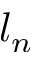
l _ { n }